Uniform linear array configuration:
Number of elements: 4
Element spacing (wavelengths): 0.5
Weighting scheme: binomial
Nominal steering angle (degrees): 60
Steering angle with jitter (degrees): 59.741
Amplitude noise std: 0.05
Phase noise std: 0.05

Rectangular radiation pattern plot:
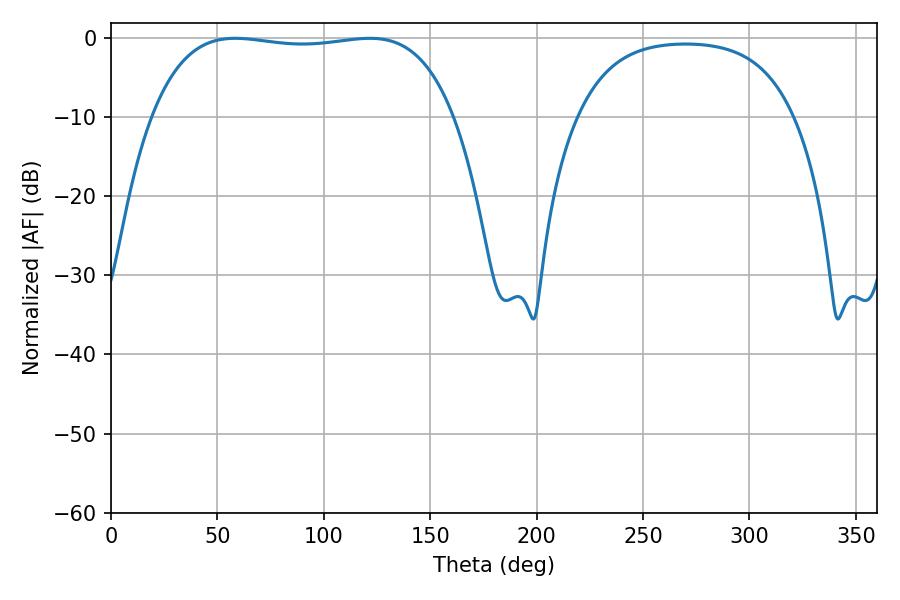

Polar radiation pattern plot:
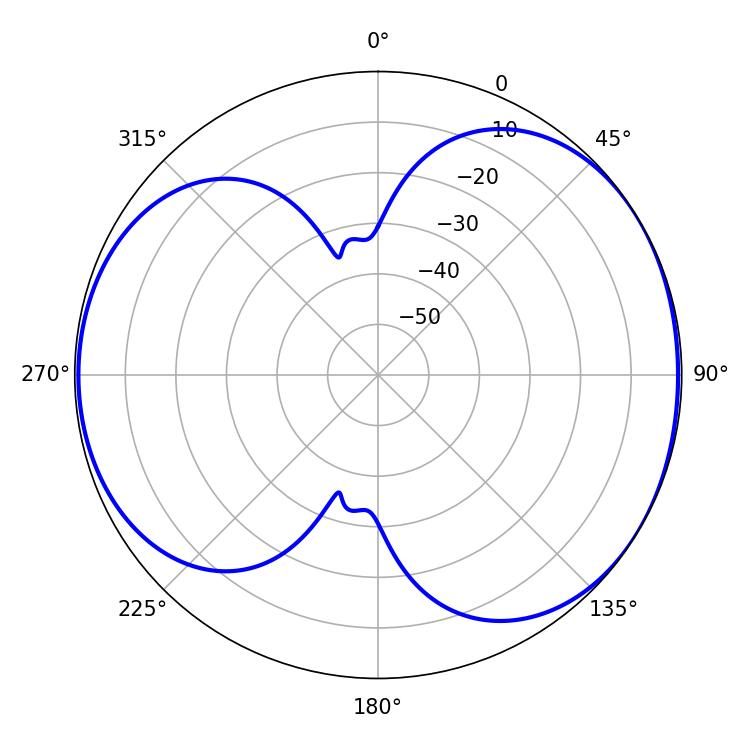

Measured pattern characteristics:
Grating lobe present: FALSE
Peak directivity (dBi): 5.096
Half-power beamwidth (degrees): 113.04
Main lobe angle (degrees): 58.32